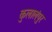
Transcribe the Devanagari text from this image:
कुलालंपुर